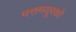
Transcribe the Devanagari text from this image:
मत्तमयूरकों